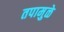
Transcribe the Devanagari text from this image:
तपामुळे